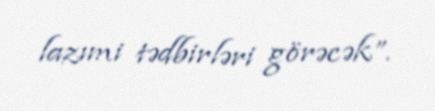
lazımi tədbirləri görəcək”.